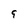
Character: 9